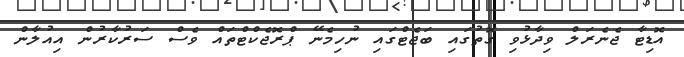
އޮޑިޓާ ޖެނެރަލް ވިދާޅުވި ގޮތުގައި ބަޖެޓްގައި ނުހިމެނޭ ޕްރޮޖެކްޓްތައް ވެސް ސަރުކާރުން އިއުލާން